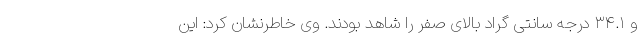
و ۳۴.۱ درجه سانتی گراد بالای صفر را شاهد بودند. وی خاطرنشان کرد: این